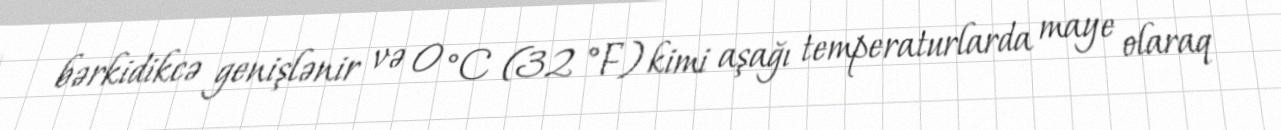
bərkidikcə genişlənir və 0 °C (32 °F) kimi aşağı temperaturlarda maye olaraq